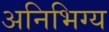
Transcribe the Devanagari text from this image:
अनिभिग्य